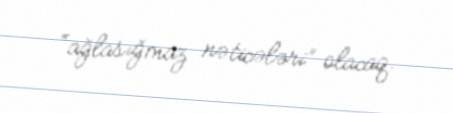
“ağlasığmaz nəticələri” olacaq.